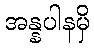
အန္နပါနမှိ